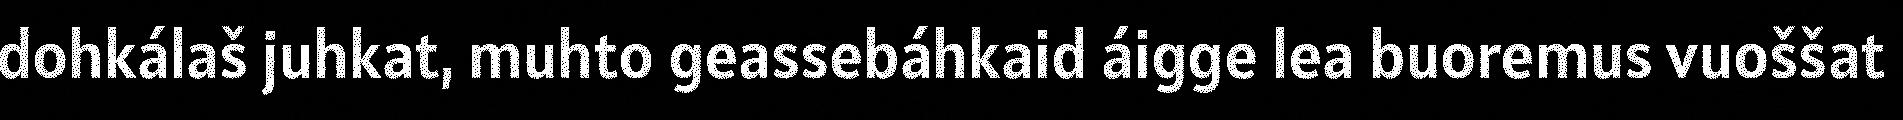
dohkálaš juhkat, muhto geassebáhkaid áigge lea buoremus vuoššat